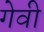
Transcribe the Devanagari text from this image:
गेवी